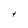
Character: t